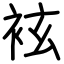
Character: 袨